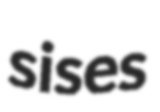
sises